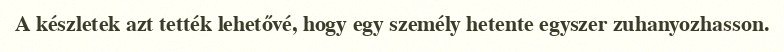
A készletek azt tették lehetővé, hogy egy személy hetente egyszer zuhanyozhasson.